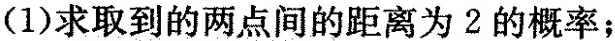
例1如图6-29所示，正方形的边长为2，